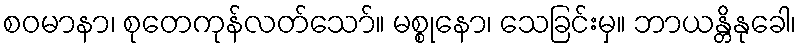
စဝမာနာ၊ စုတေကုန်လတ်သော်။ မစ္စုနော၊ သေခြင်းမှ။ ဘာယန္တိနုခေါ၊